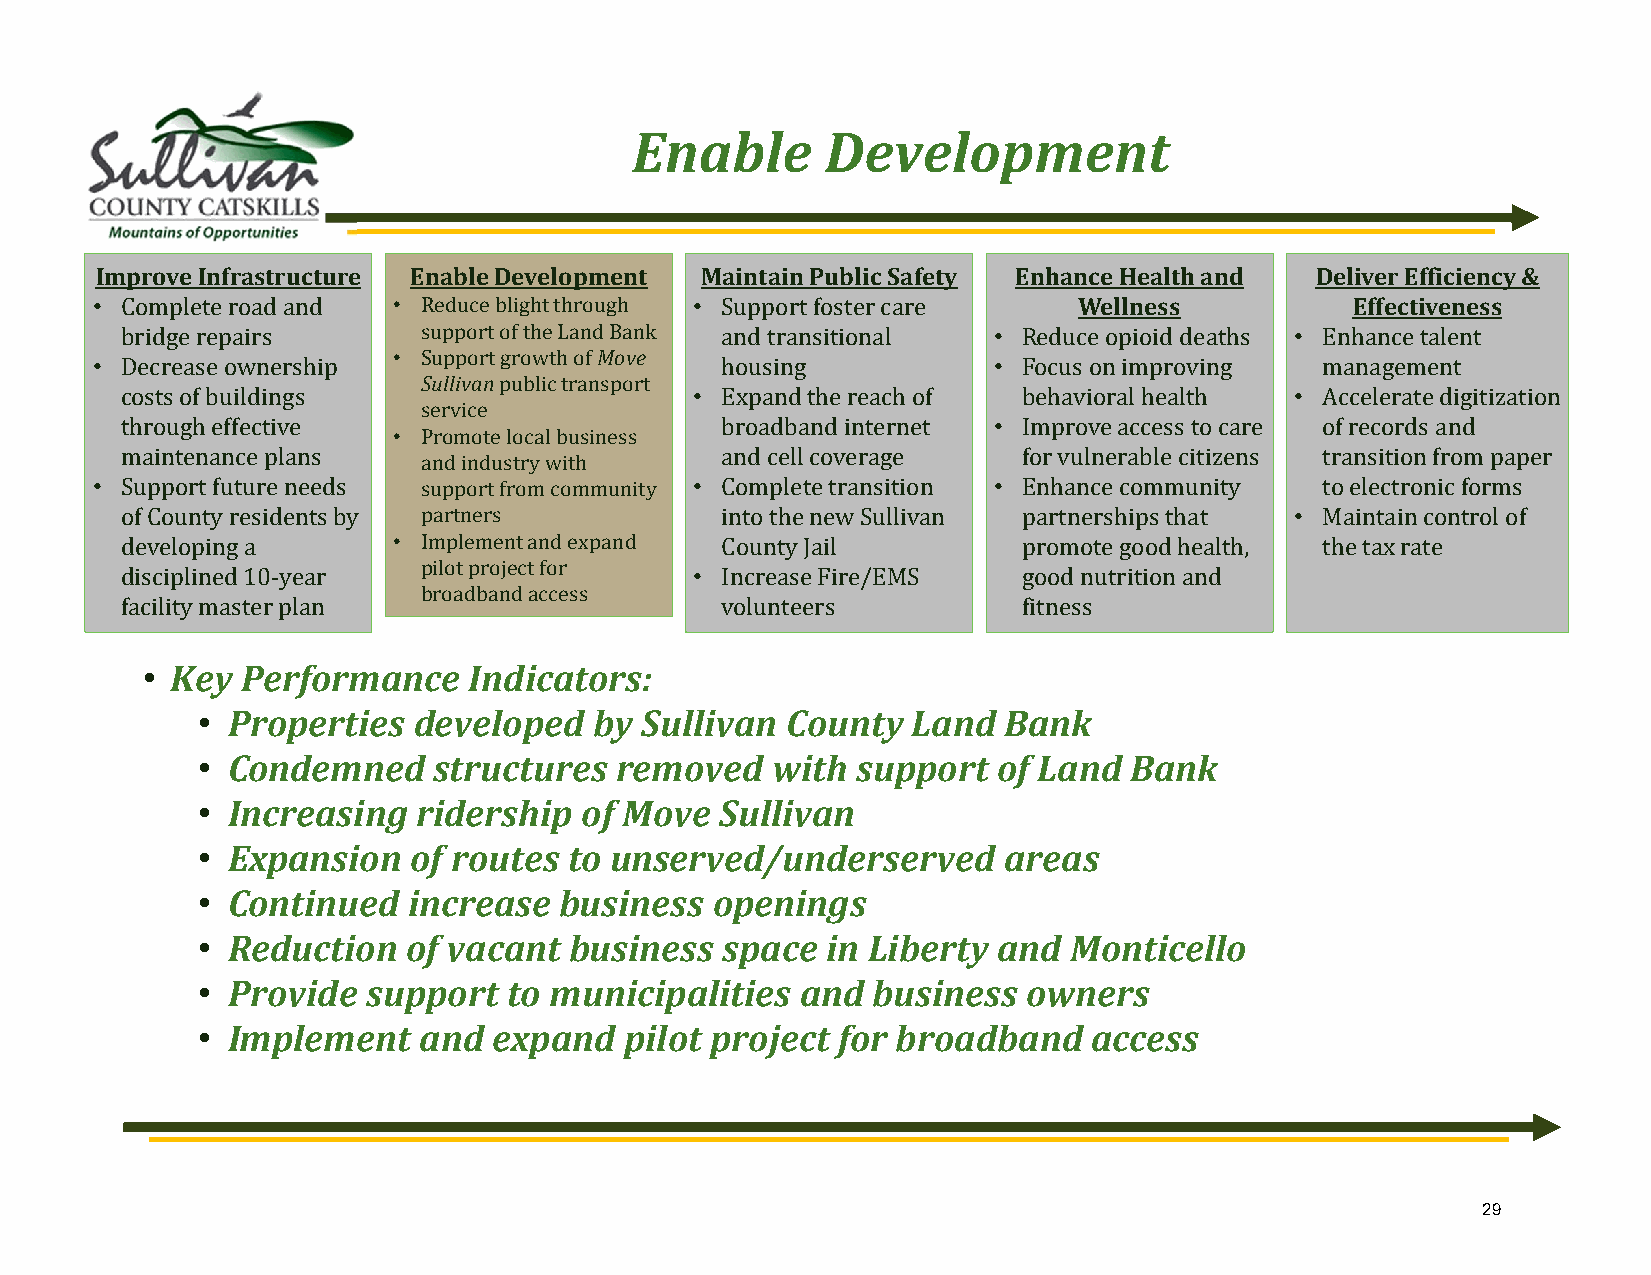
Enable       Development
 Improve Infrastructure Enable Development Maintain Public Safety Enhance Health and Deliver Efficiency &
 • Complete road and • Reduce blight through • Support foster care Wellness          Effectiveness
 bridge repairs      support of the Land Bank and transitional • Reduce opioid deaths • Enhance talent
 • Support growth of Move
 • Decrease ownership                      housing           • Focus on improving management
 Sullivanpublic transport
 costs of buildings                    • Expand the reach of behavioral health • Accelerate digitization
 service
 through effective                       broadband internet • Improve access to care of records and
 • Promote local business
 maintenance plans                       and cell coverage   for vulnerable citizens transition from paper
 and industry with
 • Support future needs support from community • Complete transition • Enhance community to electronic forms
 of County residents by partners         into the new Sullivan partnerships that • Maintain control of
 developing a      • Implement and expand County Jail        promote good health, the tax rate
 pilot project for
 disciplined 10-year                   • Increase Fire/EMS   good nutrition and
 broadband access
 facility master plan                    volunteers          fitness
 • Key  Performance    Indicators:
 • Properties  developed   by Sullivan  County  Land  Bank
 • Condemned     structures  removed   with  support  of Land  Bank
 • Increasing   ridership of Move   Sullivan
 • Expansion   of routes  to unserved/underserved     areas
 • Continued   increase  business  openings
 • Reduction   of vacant  business  space  in Liberty and  Monticello
 • Provide  support   to municipalities  and  business  owners
 • Implement    and  expand  pilot project for broadband    access
 29